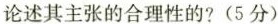
论述其主张的合理性的?(5分)